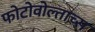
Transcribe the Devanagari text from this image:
फोटोवोल्ताच्स